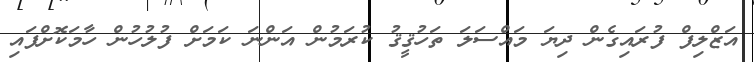
އަޒްލިފް ފުރައިގެން ދިޔަ މައްސަލަ ތަހުޤީޤު ކުރަމުން އަންނަ ކަމަށް ފުލުހުން ހާމަކޮށްފައި